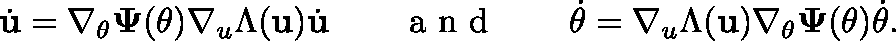
\dot { \mathbf { u } } = \nabla _ { \theta } \mathbf { \Psi } ( \theta ) \nabla _ { u } \Lambda ( \mathbf { u } ) \dot { \mathbf { u } } \qquad \mathrm { ~ a ~ n ~ d ~ } \qquad \dot { \theta } = \nabla _ { u } \Lambda ( \mathbf { u } ) \nabla _ { \theta } \mathbf { \Psi } ( \theta ) \dot { \theta } .